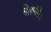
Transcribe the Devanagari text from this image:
मिलायेंगे।